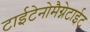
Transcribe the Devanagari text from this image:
टाईटेनोमैग्नेटाईट